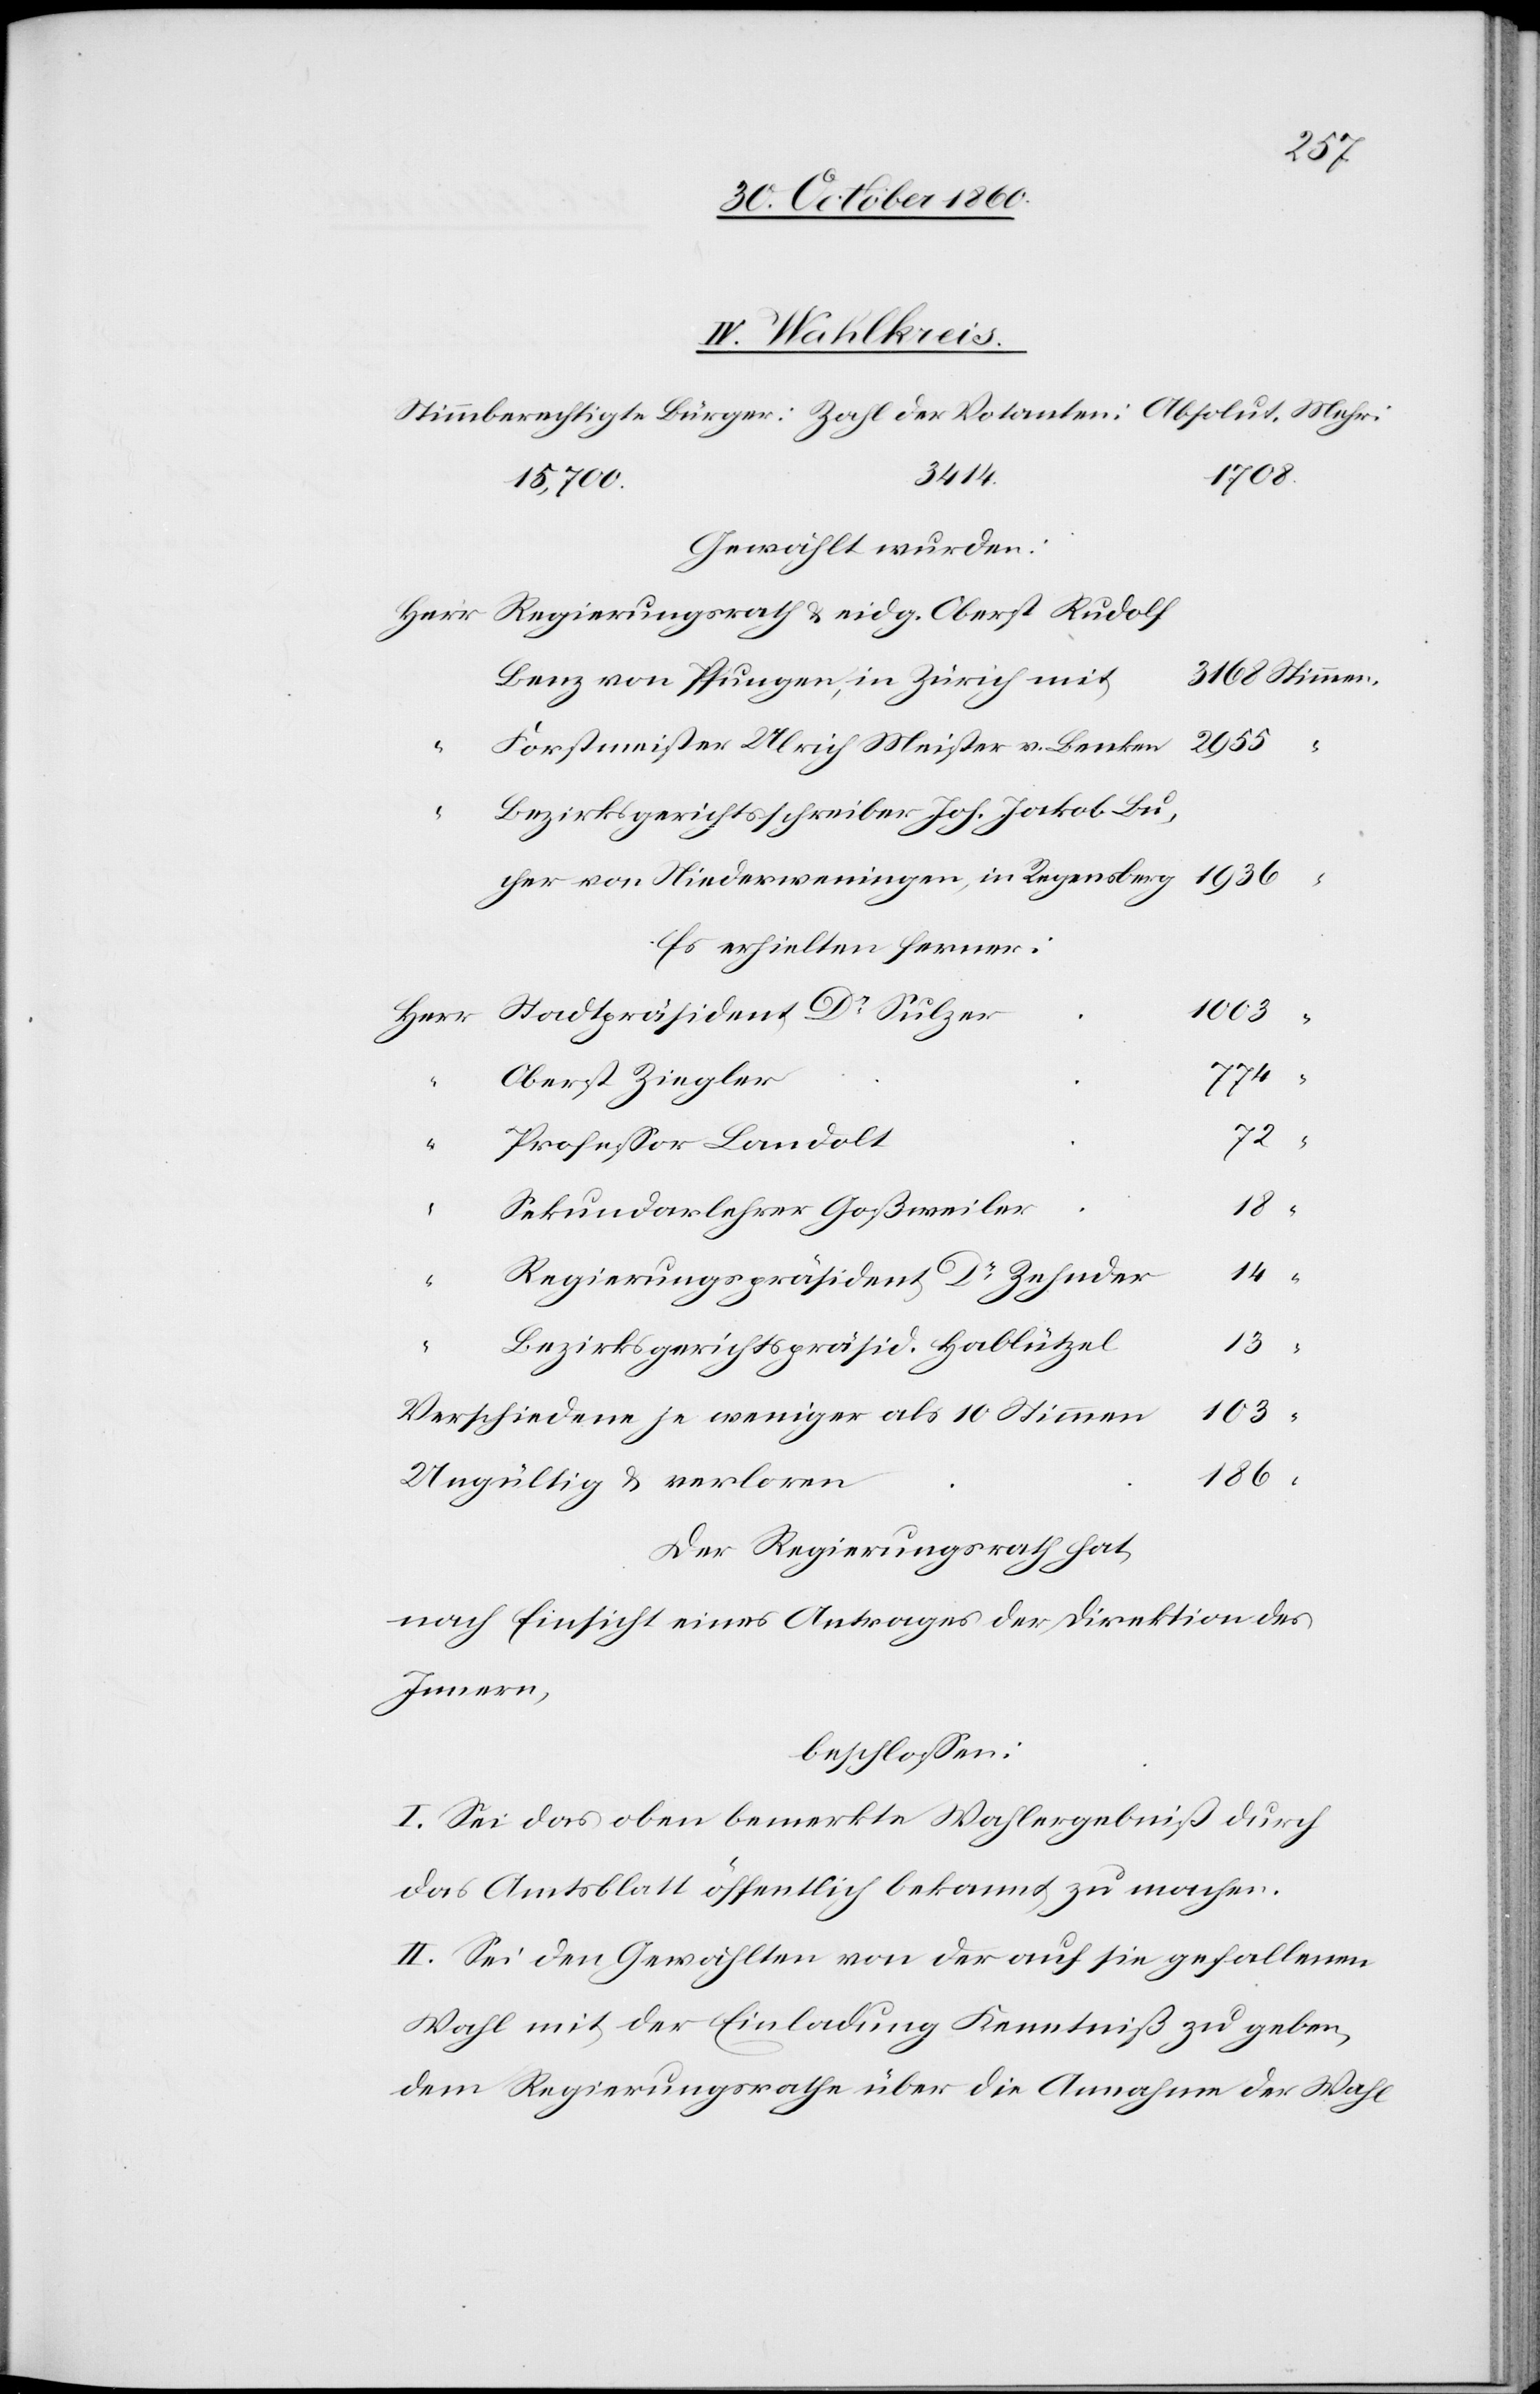
IV. Wahlkreis
3414.
1708.
Gewählt wurden:
Benz von Pfungen, in Zürich mit
2955
Forstmeister Ulrich Meister von Benken
Bezirksgerichtsschreiber Joh. Jakob Bu¬
cher von Niederweningen, in Regensberg
Es erhielten ferner:
Herr
Oberst Ziegler
72
Professor Landolt
Sekundarlehrer Goßweiler
14
Regierungspräsident Dr Zehnder
Dr
Bezirksgerichtspräsid. Hablützel
103
“
Verschiedene je weniger als 10 Stimmen
186
Ungültig und verloren
Der Regierungsrath hat,
nach Einsicht eines Antrages der Direktion des
Innern,
beschlossen:
I. Sei das oben bemerkte Wahlergebniß durch
das Amtsblatt öffentlich bekannt zu machen.
II. Sei den Gewählten von der auf sie gefallenen
Wahl mit der Einladung Kenntniß zu geben,
dem Regierungsrathe über die Annahme der Wahl